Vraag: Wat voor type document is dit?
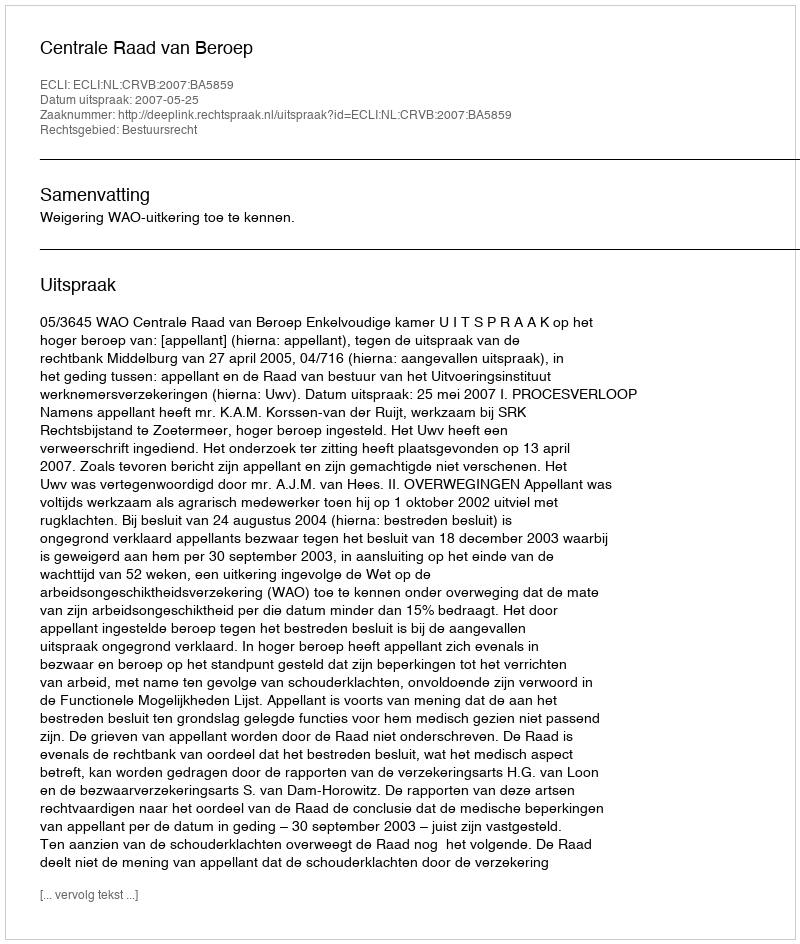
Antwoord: Uitspraak